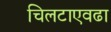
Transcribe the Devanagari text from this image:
चिलटाएवढा